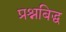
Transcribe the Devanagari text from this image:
प्रश्नबिद्ध